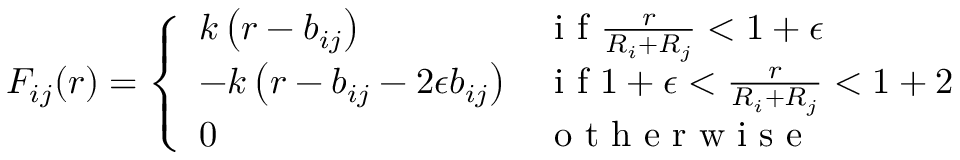
F _ { i j } ( r ) = \left\{ \begin{array} { l l } { k \left( r - b _ { i j } \right) } & { \mathrm { ~ i ~ f ~ } \frac { r } { R _ { i } + R _ { j } } < 1 + \epsilon } \\ { - k \left( r - b _ { i j } - 2 \epsilon b _ { i j } \right) } & { \mathrm { ~ i ~ f ~ } 1 + \epsilon < \frac { r } { R _ { i } + R _ { j } } < 1 + 2 } \\ { 0 } & { \mathrm { ~ o ~ t ~ h ~ e ~ r ~ w ~ i ~ s ~ e ~ } } \end{array} \right.